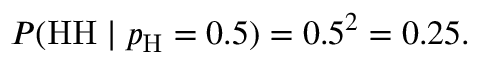
P ( { \mathrm { H H } } \mid p _ { \mathrm { H } } = 0 . 5 ) = 0 . 5 ^ { 2 } = 0 . 2 5 .